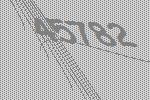
45782